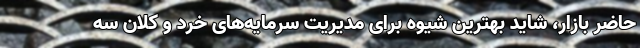
حاضر بازار، شاید بهترین شیوه برای مدیریت سرمایه‌های خرد و کلان سه